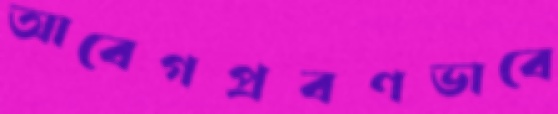
আবেগপ্রবণভাবে